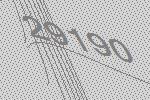
29190